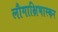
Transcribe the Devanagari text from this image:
लौगाक्षिभास्कर